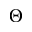
\Theta